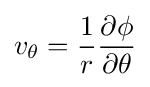
v_{\theta }={\frac {1}{r}}{\frac {\partial \phi }{\partial \theta }}